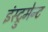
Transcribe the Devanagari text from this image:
इंस्ट्रुमेन्ट